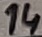
Text: 14